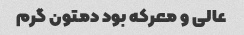
عالی و معرکه بود دمتون گرم